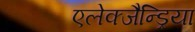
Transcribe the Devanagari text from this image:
एलेक्जैन्ड्रिया